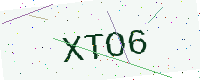
Text: XTO6